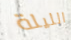
الليلة